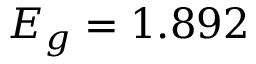
E _ { g } = 1 . 8 9 2